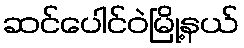
ဆင်ပေါင်ဝဲမြို့နယ်